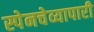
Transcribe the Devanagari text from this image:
स्पेनचेव्यापारी